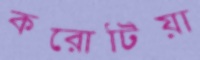
করোটিয়া